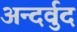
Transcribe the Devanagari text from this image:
अन्दर्वुद